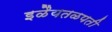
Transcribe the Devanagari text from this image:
इळैयतळपती